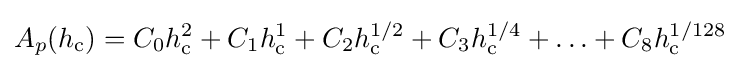
A_{p}(h_{\text{c}})=C_{0}h_{\text{c}}^{2}+C_{1}h_{\text{c}}^{1}+C_{2}h_{\text{c}}^{1/2}+C_{3}h_{\text{c}}^{1/4}+\ldots +C_{8}h_{\text{c}}^{1/128}